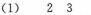
(1) 2 3